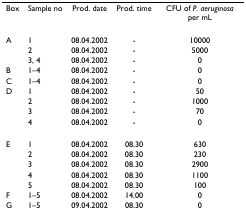
| Box | Sample no | Prod. date | Prod. time | CFU of P. aeruginosa per mL |
 | --- | --- | --- | --- | --- |
 | A | 1 | 08.04.2002 | - | 10000 |
 |  | 2 | 08.04.2002 | - | 5000 |
 |  | 3, 4 | 08.04.2002 | - | 0 |
 | B | 1–4 | 08.04.2002 | - | 0 |
 | C | 1–4 | 08.04.2002 | - | 0 |
 | D | 1 | 08.04.2002 | - | 50 |
 |  | 2 | 08.04.2002 | - | 1000 |
 |  | 3 | 08.04.2002 | - | 70 |
 |  | 4 | 08.04.2002 | - | 0 |
 | E | 1 | 08.04.2002 | 08.30 | 630 |
 |  | 2 | 08.04.2002 | 08.30 | 230 |
 |  | 3 | 08.04.2002 | 08.30 | 2900 |
 |  | 4 | 08.04.2002 | 08.30 | 1100 |
 |  | 5 | 08.04.2002 | 08.30 | 100 |
 | F | 1–5 | 08.04.2002 | 14.00 | 0 |
 | G | 1–5 | 09.04.2002 | 08.30 | 0 |